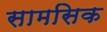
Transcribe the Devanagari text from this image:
सामसिक